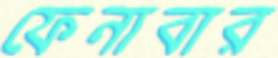
ফেনাবার